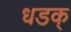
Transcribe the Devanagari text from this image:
धडक्